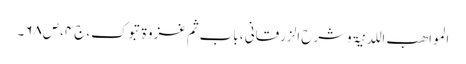
المواھب اللدنیۃ وشرح الزرقانی ، باب ثم غزوۃ تبوک،ج۴،ص۶۸۔